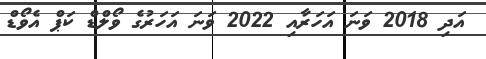
އަދި 2018 ވަނަ އަހަރާއި 2022 ވަނަ އަހަރުގެ ވޯލްޑް ކަޕް އެވޯޑް